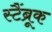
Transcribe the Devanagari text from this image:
स्टैंब्रूक